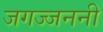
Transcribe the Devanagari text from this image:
जगज्जननी